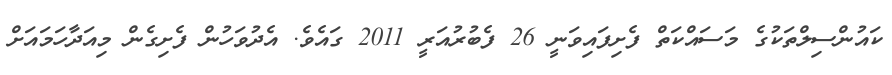
ކައުންސިލްތަކުގެ މަސައްކަތް ފެށިފައިވަނީ 26 ފެބުރުއަރީ 2011 ގައެވެ. އެދުވަހުން ފެށިގެން މިއަދާހަމައަށް